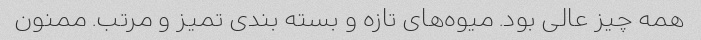
همه چیز عالی بود. میوه‌های تازه و بسته بندی تمیز و مرتب. ممنون